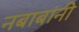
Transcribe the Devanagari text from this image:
नबाबांनी